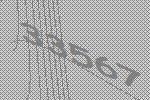
33567